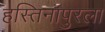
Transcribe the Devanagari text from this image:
हस्तिनापुरला